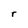
Character: r